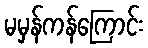
မမှန်ကန်ကြောင်း